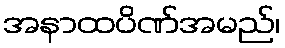
အနာထပိဏ်အမည်၊